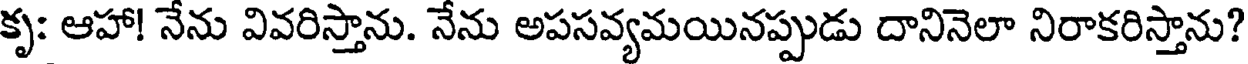
కృ: ఆహా! నేను వివరిస్తాను. నేను అపసవ్యమయినప్పుడు దానినెలా నిరాకరిస్తాను?